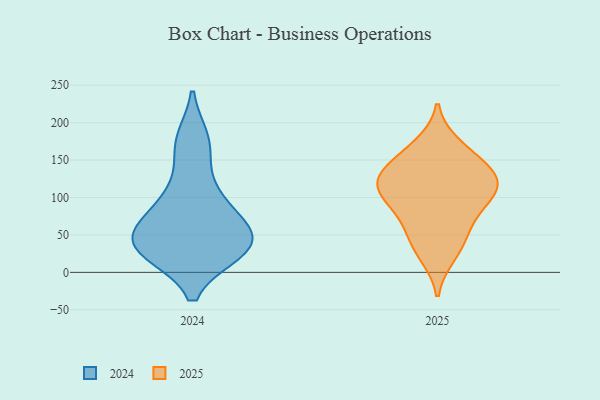
{"axis": {"x": "Website Visitors", "y": "Value"}, "legend": ["2024", "2025"], "data": [{"x": "", "y": 109, "type": "2024"}, {"x": "", "y": 28, "type": "2024"}, {"x": "", "y": 30, "type": "2024"}, {"x": "", "y": 41, "type": "2024"}, {"x": "", "y": 92, "type": "2024"}, {"x": "", "y": 48, "type": "2024"}, {"x": "", "y": 57, "type": "2024"}, {"x": "", "y": 168, "type": "2024"}, {"x": "", "y": 33, "type": "2024"}, {"x": "", "y": 31, "type": "2024"}, {"x": "", "y": 176, "type": "2024"}, {"x": "", "y": 74, "type": "2024"}, {"x": "", "y": 115, "type": "2025"}, {"x": "", "y": 60, "type": "2025"}, {"x": "", "y": 105, "type": "2025"}, {"x": "", "y": 112, "type": "2025"}, {"x": "", "y": 136, "type": "2025"}, {"x": "", "y": 39, "type": "2025"}, {"x": "", "y": 24, "type": "2025"}, {"x": "", "y": 169, "type": "2025"}, {"x": "", "y": 157, "type": "2025"}, {"x": "", "y": 133, "type": "2025"}, {"x": "", "y": 76, "type": "2025"}, {"x": "", "y": 98, "type": "2025"}, {"x": "", "y": 125, "type": "2025"}]}